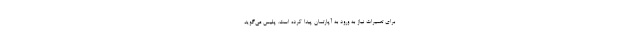
برای تعمیرات نیاز به ورود به آپارتمان پیدا کرده است. پلیس می‌گوید